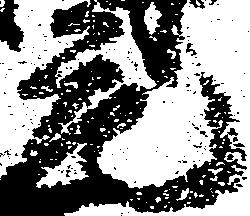
元